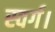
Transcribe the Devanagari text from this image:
स्वर्ग।